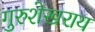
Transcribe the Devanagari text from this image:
गुरुशेखराय